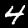
Digit: 4